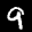
Label: 9